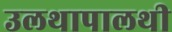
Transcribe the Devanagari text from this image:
उलथापालथी